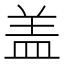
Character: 盖